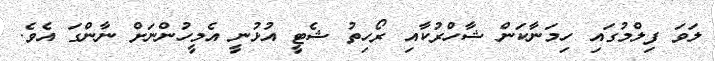
ލަވަ ފިލްމުގައި ހިމަނާކަން ޝާހްރުކާއި ރޯހިތު ޝެޓީ އުޅުނީ އެމީހުންނަށް ނާންގަ އެވެ.